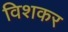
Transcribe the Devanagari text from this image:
विशकर